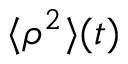
\langle \rho ^ { 2 } \rangle ( t )